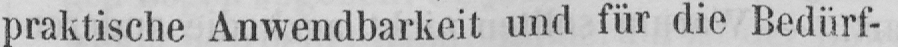
praktische Anwendbarkeit und für die Bedürf-